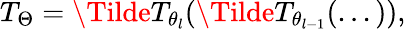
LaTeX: T_{\Theta}=\Tilde{T}_{\theta_{l}}(\Tilde{T}_{\theta_{l-1}}(...)),